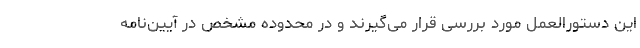
این دستورالعمل مورد بررسی قرار می‌گیرند و در محدوده‌ مشخص در آیین‌نامه